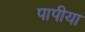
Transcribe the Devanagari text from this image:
पापीया